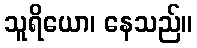
သူရိယော၊ နေသည်။